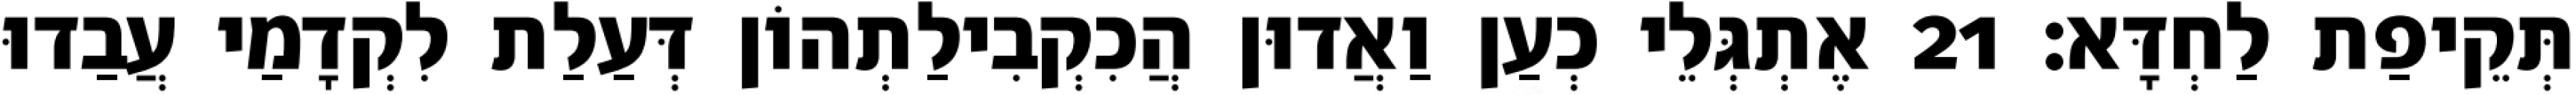
תְּקֵיפַת לַחְדָּא׃ 21 אֶתְגְּלֵי כְעַן וַאֲדוּן הֲכִקְבִילַתְהוֹן דְּעַלַת לִקְדָמַי עֲבַדוּ